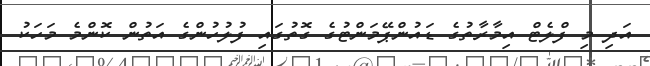
އަދި މި ފްލެޓް އިމާރާތުގެ ޑައުންޕޭމަންޓުގެ ގޮތުގައި ފުލުހުންގެ އަތުން ކޮންމެ މަހަކު